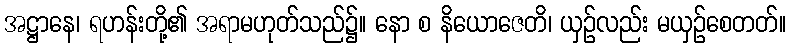
အဋ္ဌာနေ၊ ရဟန်းတို့၏ အရာမဟုတ်သည်၌။ နော စ နိယောဇေတိ၊ ယှဉ်လည်း မယှဉ်စေတတ်။